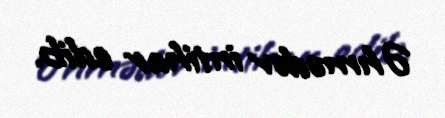
Əhmədov intihar edib.